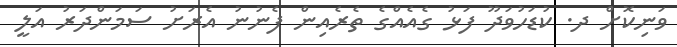
ވަނިކޮށް ދ. ކުޑަހުވަދޫ ފަޅު ގެއެއްގެ ތެރެއިން ފެނުނު އެރަށު ސަމަންދަރު އަލީ